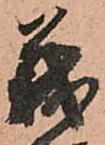
義